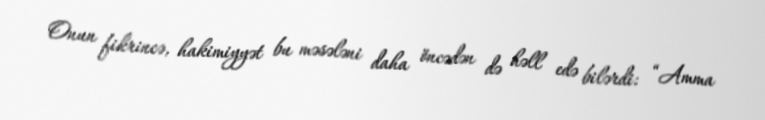
Onun fikrincə, hakimiyyət bu məsələni daha öncədən də həll edə bilərdi: “Amma